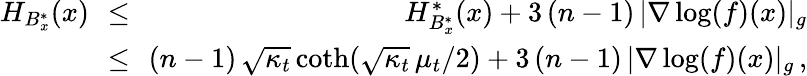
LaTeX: \begin{array}{rlr}{H_{B_{x}^{*}}(x)\! \! }&{\le}&{\! \! H_{B_{x}^{*}}^{*}(x)+3\, (n-1)\, |\nabla\log(f)(x)|_{g}}\\ {\! \! }&{\le}&{\! \! (n-1)\, \sqrt{\kappa_{t}}\, \mathrm{coth}(\sqrt{\kappa_{t}}\, \mu_{t}/2)+3\, (n-1)\, |\nabla\log(f)(x)|_{g}\, ,}\end{array}